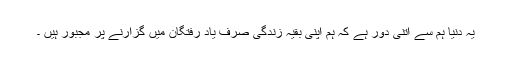
یہ دنیا ہم سے اتنی دور ہے کہ ہم اپنی بقیہ زندگی صرف یاد رفتگان میں گزارنے پر مجبور ہیں ۔